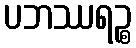
ပဘဿရဉ္စ